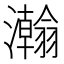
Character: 𬉥